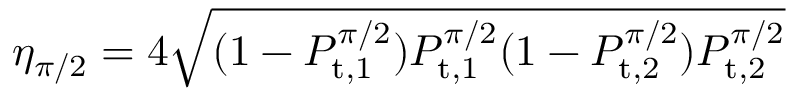
\eta _ { \pi / 2 } = 4 \sqrt { ( 1 - P _ { \mathrm { t , 1 } } ^ { \pi / 2 } ) P _ { \mathrm { t , 1 } } ^ { \pi / 2 } ( 1 - P _ { \mathrm { t , 2 } } ^ { \pi / 2 } ) P _ { \mathrm { t , 2 } } ^ { \pi / 2 } }